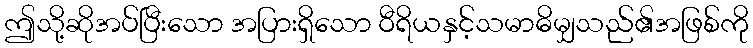
ဤသို့ဆိုအပ်ပြီးသော အပြားရှိသော ဝီရိယနှင့်သမာဓိမျှသည်၏အဖြစ်ကို